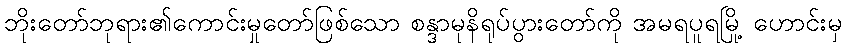
ဘိုးတော်ဘုရား၏ကောင်းမှုတော်ဖြစ်သော စန္ဒာမုနိရုပ်ပွားတော်ကို အမရပူရမြို့ ဟောင်းမှ